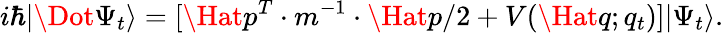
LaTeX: i\hbar|\Dot{\Psi}_{t}\rangle=[\Hat{p}^{T}\cdot m^{-1}\cdot\Hat{p}/2+V(\Hat{q};q_{t})]|\Psi_{t}\rangle.